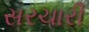
સરચારી